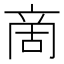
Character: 啇